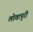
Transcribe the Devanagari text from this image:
लोवापुरी